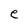
Character: e